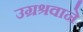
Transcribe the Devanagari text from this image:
उग्रश्रवाने